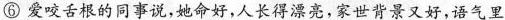
⑥ 爱咬舌根的同事说，她命好，人长得漂亮，家世背景又好，语气里